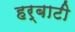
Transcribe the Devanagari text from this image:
हर्बाटी